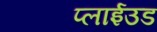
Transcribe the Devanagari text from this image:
प्लाईउड